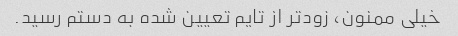
خیلی ممنون، زودتر از تایم تعیین شده به دستم رسید.